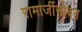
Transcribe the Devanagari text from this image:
रामाजींसोबत